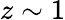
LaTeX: z\sim 1